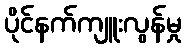
ပိုင်နက်ကျူးလွန်မှု